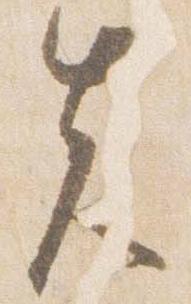
先